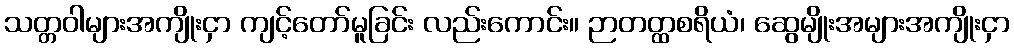
သတ္တဝါများအကျိုးငှာ ကျင့်တော်မူခြင်း လည်းကောင်း။ ဉာတတ္ထစရိယံ၊ ဆွေမျိုးအများအကျိုးငှာ